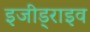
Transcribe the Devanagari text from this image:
इजीड्राइव